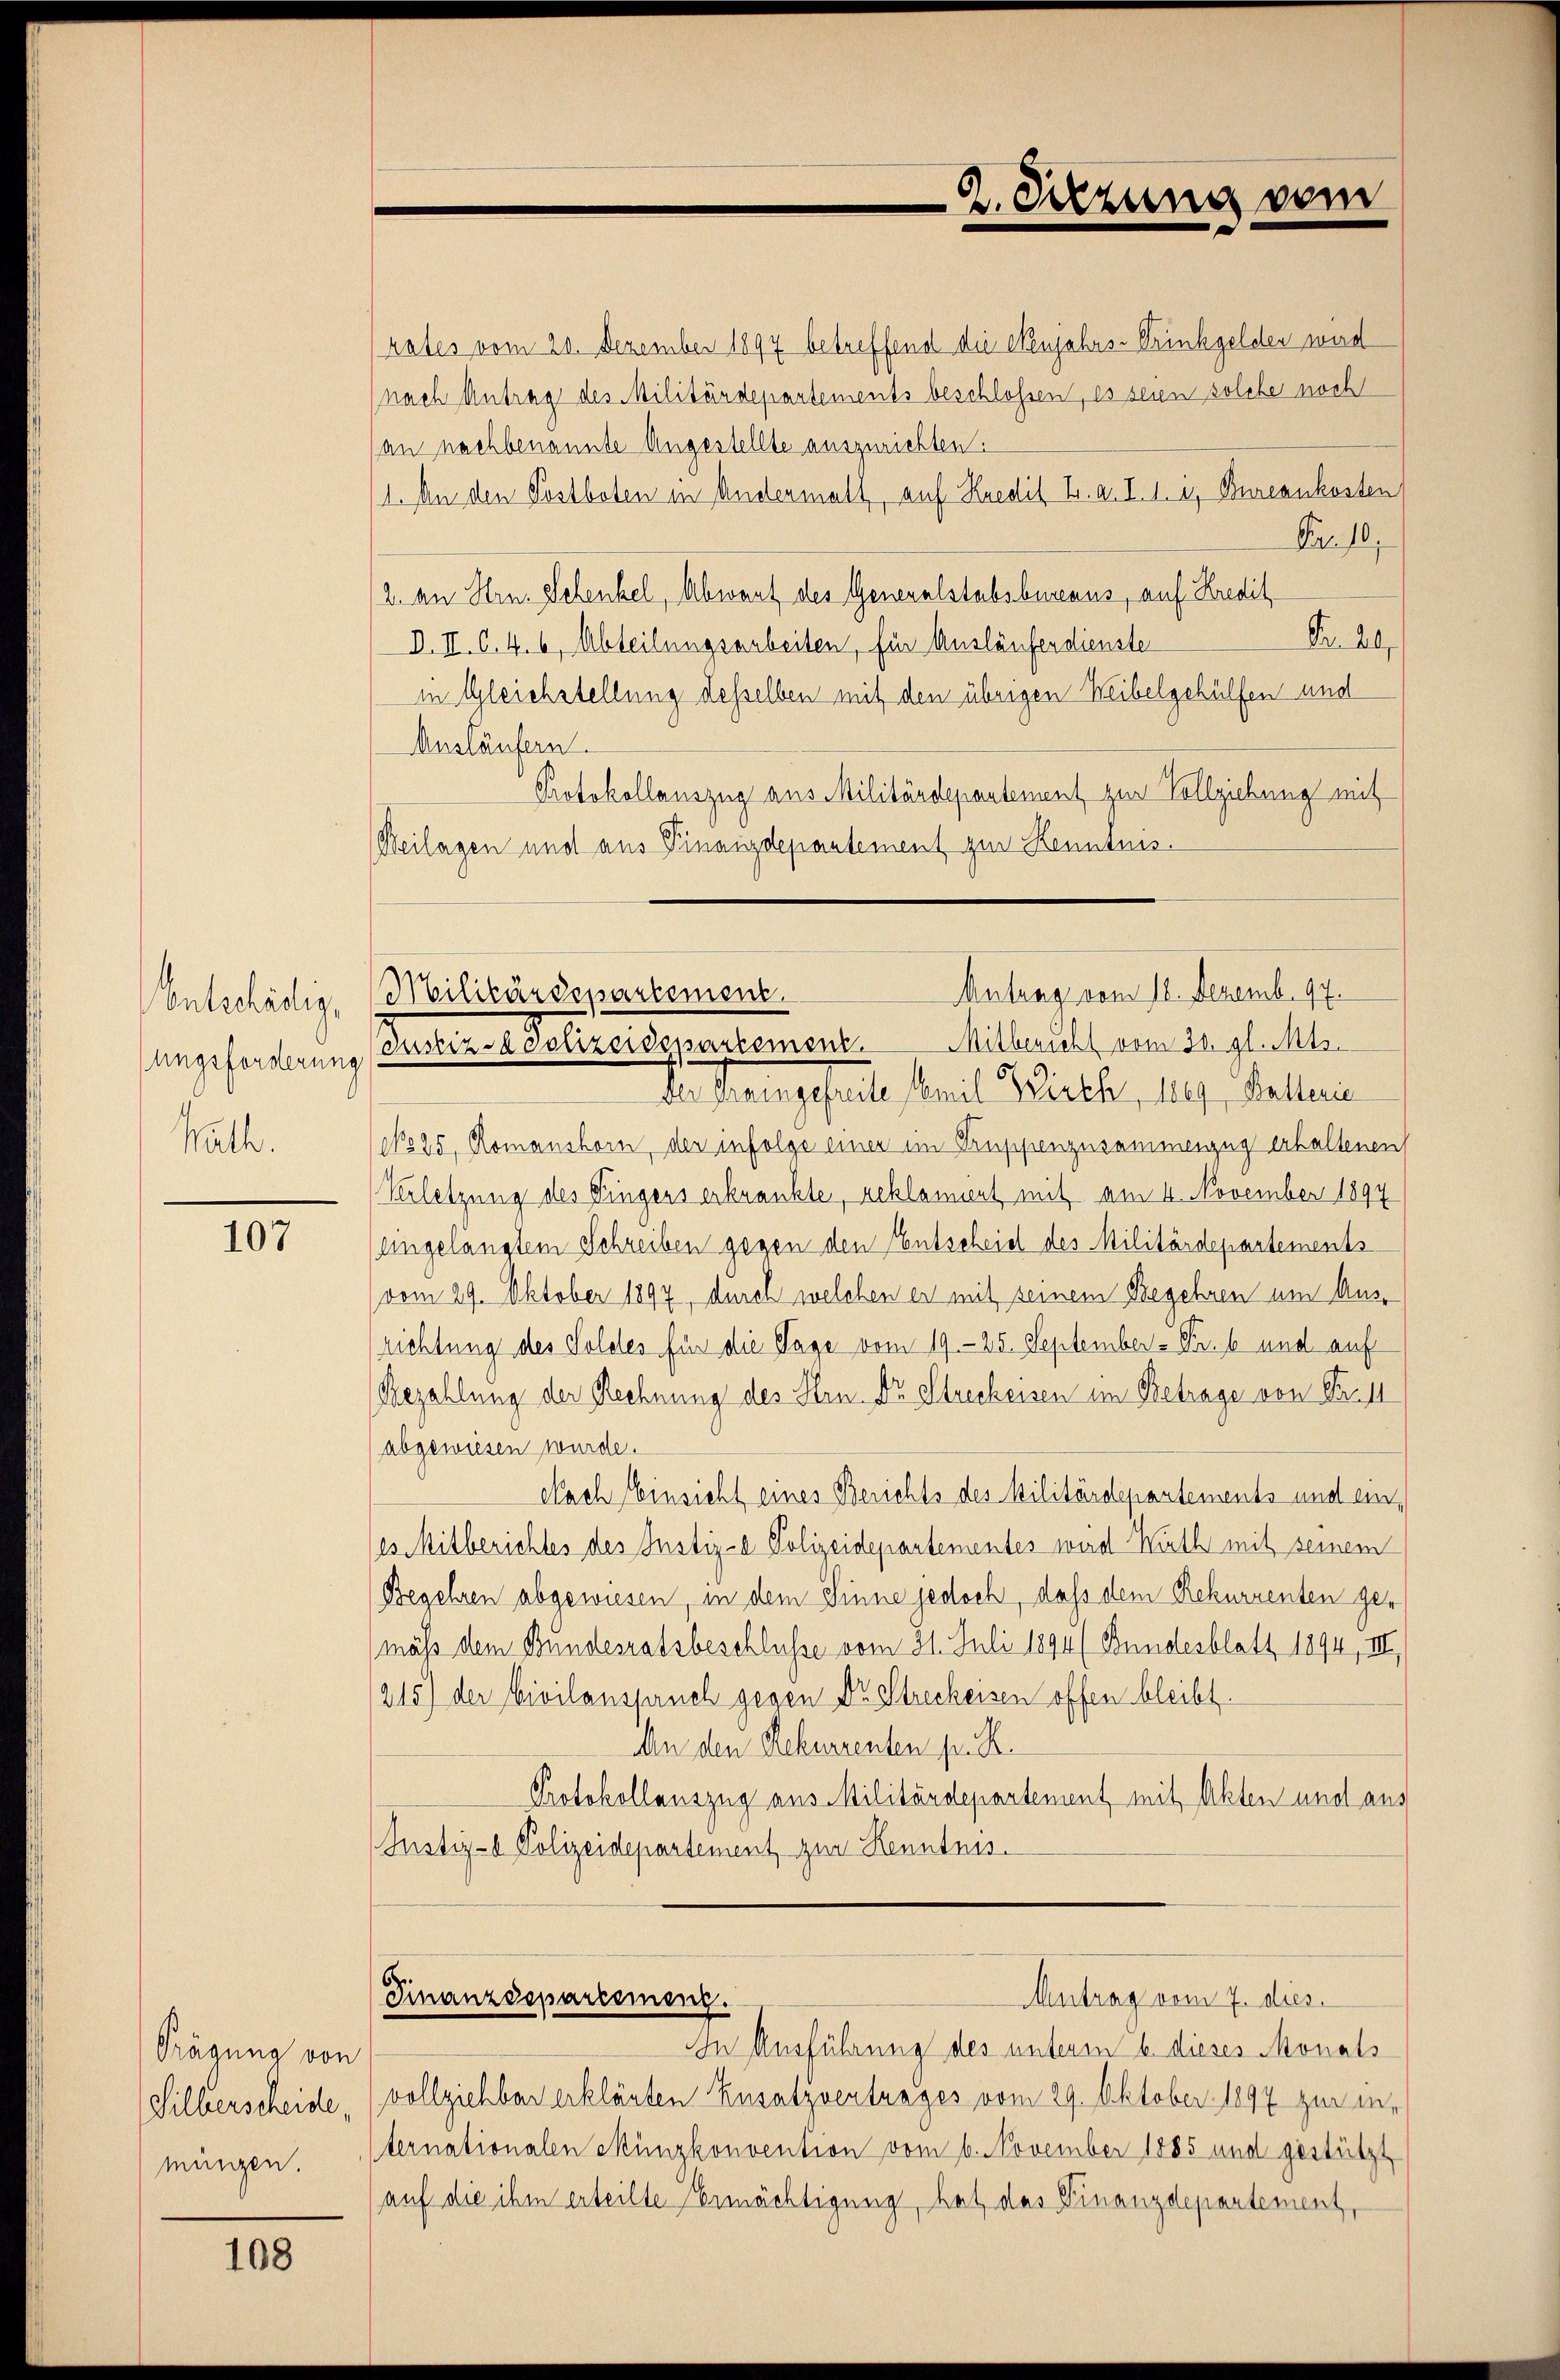
Entschädig
ungsforderung
hath.

107

Frägung von
Silberscheide,
mungen.

108

(an nachbenannte Angestellte auszurichten.
1. An den Postboten in Andermatt, auf Kredit u. a. I. 1. u. Bureaukosten
Fr. 10.
2. an Hrn. Schenkel, Abwart des Generalstabsbureaus, auf Kredit
Pr. Bl
D. II. C. 4. 6, Abteilungsarbeiten, für Ausläufer dienste
in Gleichstellung desselben mit den übrigen Weibelgehülfen und
Ausläufern.
Protokollauszug aus Militärdepantement zur Vollziehung mit
Beilagen und aus Finanzdepartement zur Kenntnis.

rates vom 20. Dezember 1897 betreffend die Neujahrs-Trinkgelder wird
nach Antrag des Militärdepartements beschlossen, es seien solche noch

2. Sitzung vom

Antrag vom 18. Dezemb. 97.
Militärdepartement.
Milbericht vom 20. gl. Mts.
Justina Polizeidepartement.

Finanzdepartement.
Antrag vom 7. dies

An angefalle mit Wirth, das, Ballein
No 25. Romanshorn, der infolge einer im Gruppenzusammenzug erhaltenen
Verletzung des Fingers erkrankte, reklament mit am 4. November 1897
eingelangtem Schreiben gegen den Entscheid des Militärdepartements
vom 29. Oktober 1897, durch welchen er mit seinem Begehren um Ausrichtung des Soldes für die Tage vom 19. 25. September - Pr. 6 und auf
Bezahlung der Rechnung des Hrn. Dr. Streckeisen im Betrage von Prof
abgewiesen wurde.
Nach Einsicht eines Berichts des Militärdepartements und eines Mitberichtes des Justiz- Polizeidepartementes wird Muth mit seinem
Begehren abgewiesen, in dem Sinne jedoch, daß dem Rekurrenten ge¬
(mäß dem Bundesratsbeschlusse vom 31. Juli 1891 (Bundesblatt 1894, III
215) der Civilanspruch gegen Dr Streckeisen offen bleibt.
An den Rekurrenten pr. K.
Protokollauszug aus Militärdepartement mit Akten und aus
Justiz- Polizeidepartement zur Kenntnis.

In Ausführung des unterm 6. dieses Monats
vollziehbar erklärten Zusatzvertrages vom 29. Oktober 1897 zur in¬
Sternationalen Münzkonvention vom 6. November 1885 und gestützt
(auf die ihm erteilte Ermächtigung, hat das Finanzdepartement